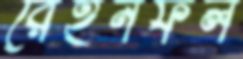
রেইনফল